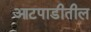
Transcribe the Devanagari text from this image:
आटपाडीतील